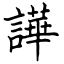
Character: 譁